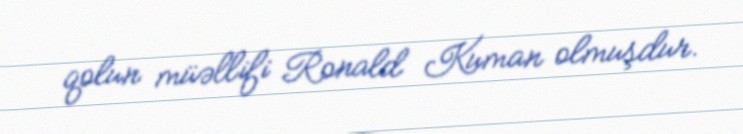
qolun müəllifi Ronald Kuman olmuşdur.